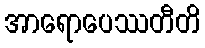
အာရောပေဿတီတိ